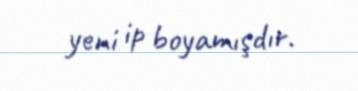
yeni ip boyamışdır.